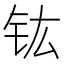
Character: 𮣳